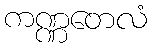
ကဏ္ဏတေလံ